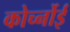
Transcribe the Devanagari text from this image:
कोर्च्नोई